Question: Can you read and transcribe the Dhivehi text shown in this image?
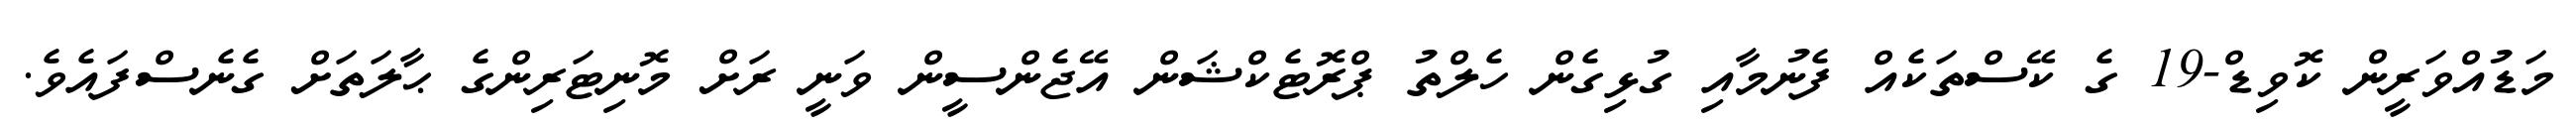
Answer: މަޑުއްވަރީން ކޮވިޑް-19 ގެ ކޭސްތަކެއް ފެނުމާއި ގުޅިގެން ހެލްތު ޕްރޮޓެކްޝަން އޭޖެންސީން ވަނީ ރަށް މޮނިޓަރިންގެ ޙާލަތަށް ގެނެސްފައެވެ.